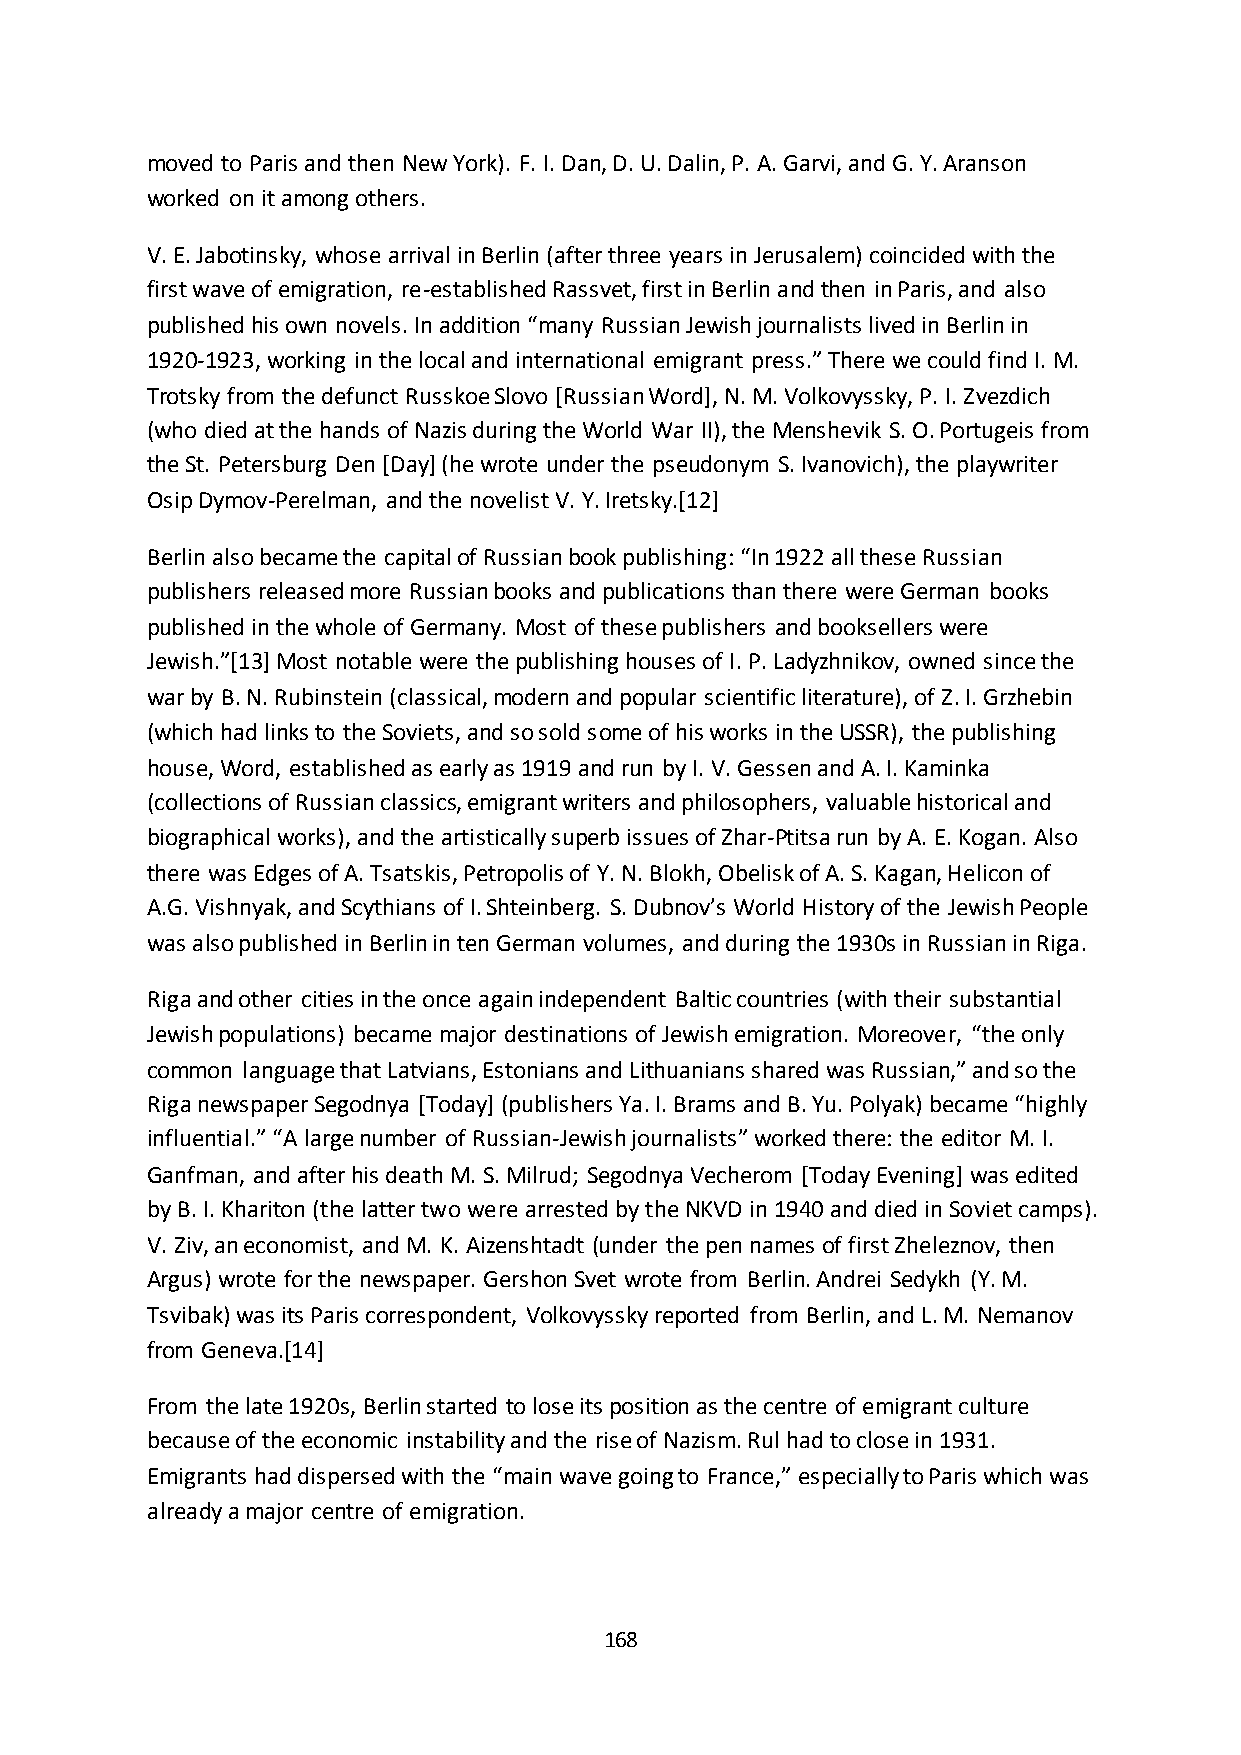
moved to Paris and then New York). F. I. Dan, D. U. Dalin, P. A. Garvi, and G. Y. Aranson
 worked on it among others.
 V. E. Jabotinsky, whose arrival in Berlin (after three years in Jerusalem) coincided with the
 first wave of emigration, re-established Rassvet, first in Berlin and then in Paris, and also
 published his own novels. In addition “many Russian Jewish journalists lived in Berlin in
 1920-1923, working in the local and international emigrant press.” There we could find I. M.
 Trotsky from the defunct Russkoe Slovo [Russian Word], N. M. Volkovyssky, P. I. Zvezdich
 (who died at the hands of Nazis during the World War II), the Menshevik S. O. Portugeis from
 the St. Petersburg Den [Day] (he wrote under the pseudonym S. Ivanovich), the playwriter
 Osip Dymov-Perelman, and the novelist V. Y. Iretsky.[12]
 Berlin also became the capital of Russian book publishing: “In 1922 all these Russian
 publishers released more Russian books and publications than there were German books
 published in the whole of Germany. Most of these publishers and booksellers were
 Jewish.”*13+ Most notable were the publishing houses of I. P. Ladyzhnikov, owned since the
 war by B. N. Rubinstein (classical, modern and popular scientific literature), of Z. I. Grzhebin
 (which had links to the Soviets, and so sold some of his works in the USSR), the publishing
 house, Word, established as early as 1919 and run by I. V. Gessen and A. I. Kaminka
 (collections of Russian classics, emigrant writers and philosophers, valuable historical and
 biographical works), and the artistically superb issues of Zhar-Ptitsa run by A. E. Kogan. Also
 there was Edges of A. Tsatskis, Petropolis of Y. N. Blokh, Obelisk of A. S. Kagan, Helicon of
 A.G. Vishnyak, and Scythians of I. Shteinberg. S. Dubnov’s World History of the Jewish People
 was also published in Berlin in ten German volumes, and during the 1930s in Russian in Riga.
 Riga and other cities in the once again independent Baltic countries (with their substantial
 Jewish populations) became major destinations of Jewish emigration. Moreover, “the only
 common language that Latvians, Estonians and Lithuanians shared was Russian,” and so the
 Riga newspaper Segodnya *Today+ (publishers Ya. I. Brams and B. Yu. Polyak) became “highly
 influential.” “A large number of Russian-Jewish journalists” worked there: the editor M. I.
 Ganfman, and after his death M. S. Milrud; Segodnya Vecherom [Today Evening] was edited
 by B. I. Khariton (the latter two were arrested by the NKVD in 1940 and died in Soviet camps).
 V. Ziv, an economist, and M. K. Aizenshtadt (under the pen names of first Zheleznov, then
 Argus) wrote for the newspaper. Gershon Svet wrote from Berlin. Andrei Sedykh (Y. M.
 Tsvibak) was its Paris correspondent, Volkovyssky reported from Berlin, and L. M. Nemanov
 from Geneva.[14]
 From the late 1920s, Berlin started to lose its position as the centre of emigrant culture
 because of the economic instability and the rise of Nazism. Rul had to close in 1931.
 Emigrants had dispersed with the “main wave going to France,” especially to Paris which was
 already a major centre of emigration.
 168